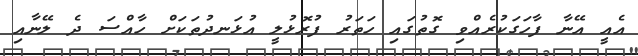
އެއީ އޭނާ ފާހަގަކުރެއްވި ގޮތުގައި ހަތަރު ފުރޮޅުލީ އުޅަނދުތަކަށް ހާއްސަ ދެ ލޭނާއި